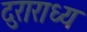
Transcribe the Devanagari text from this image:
दुराराध्य